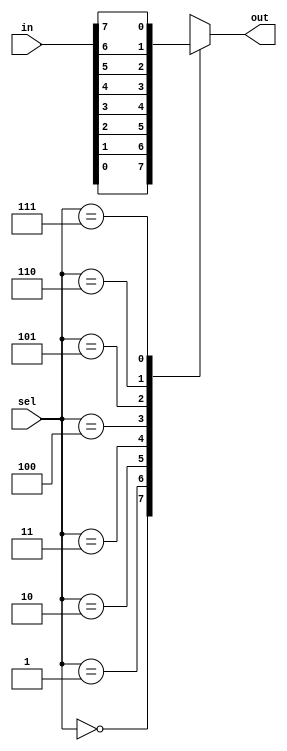
module mux(in,sel,out);
input [7:0] in;
input [2:0] sel;
output out;
reg out;

always @(sel or in)
begin

case(sel)
0:out=in[0];
1:out=in[1];
2:out=in[2];
3:out=in[3];
4:out=in[4];
5:out=in[5];
6:out=in[6];
7:out=in[7];
default: out=0;
endcase
end
endmodule